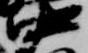
中